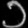
Digit: ၁